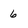
Character: 6